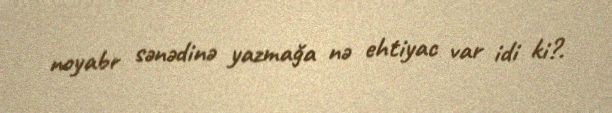
noyabr sənədinə yazmağa nə ehtiyac var idi ki?.